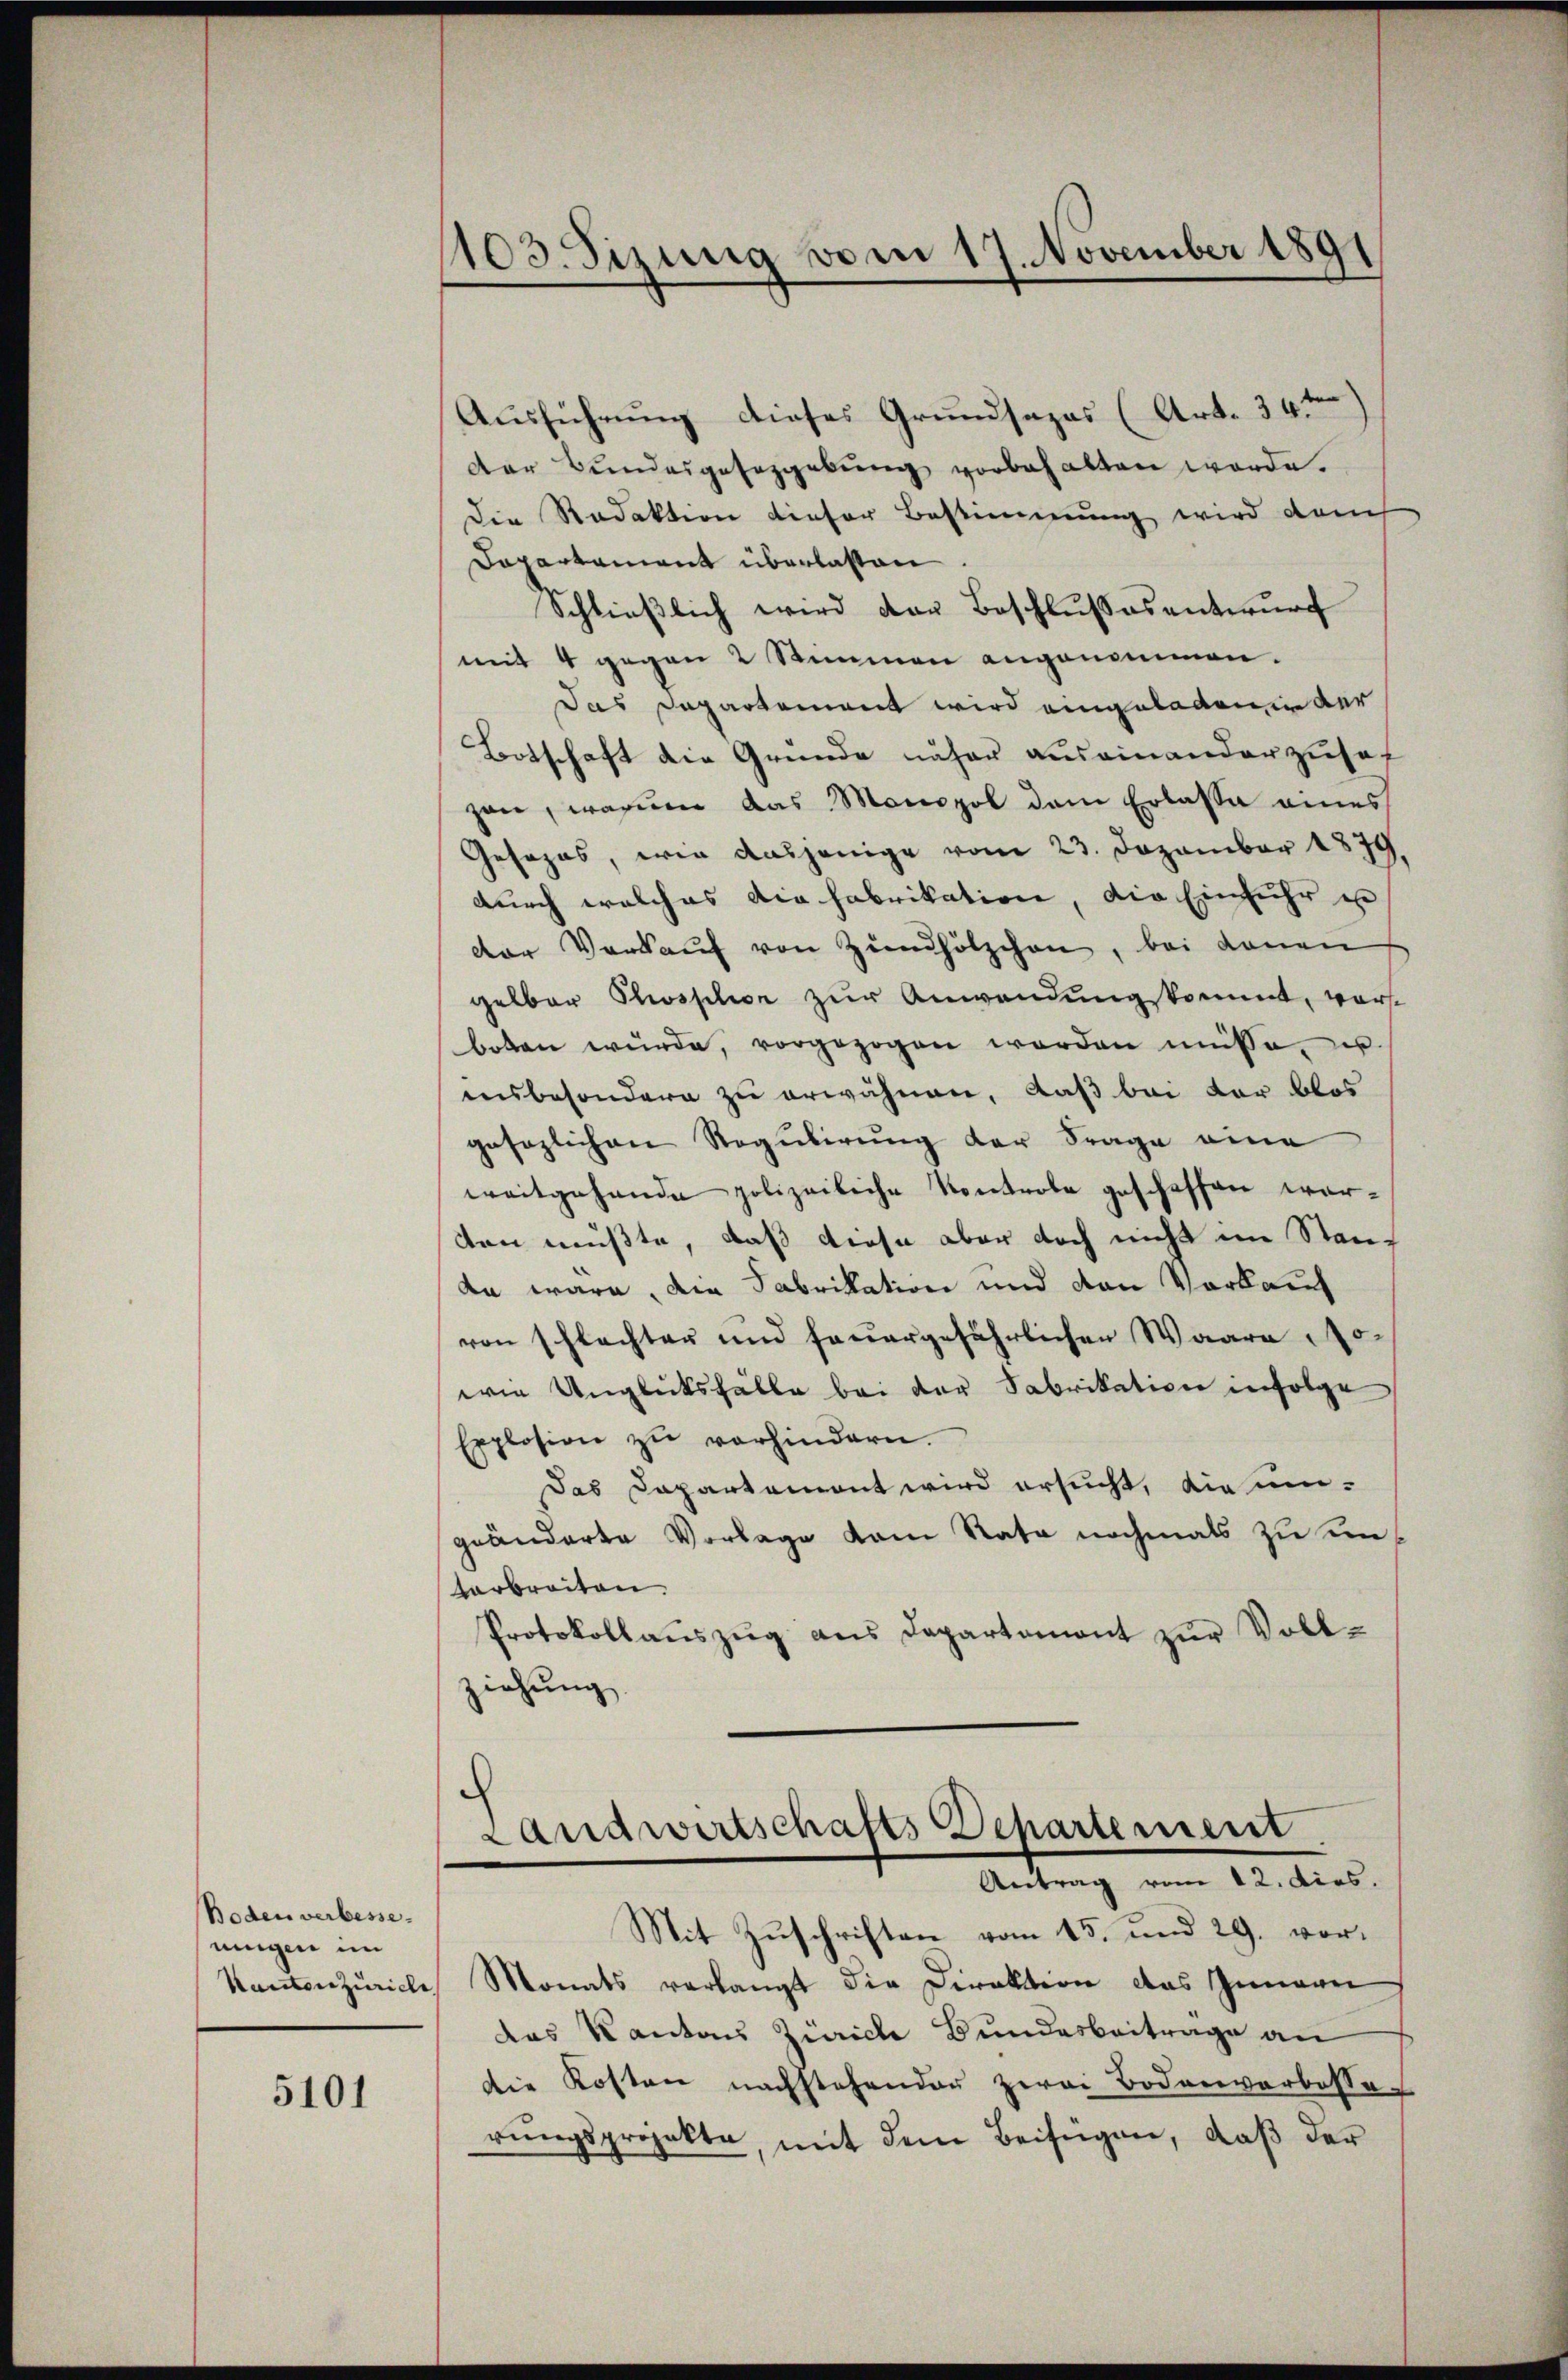
Boden verbesseningen im

5101

1103. Sizung vom 17. November 1891

Ausführung dieses Grundsazas (Art. 34 ten
der Bundesgesetzgebung vorbehalten werde.
Die Redaktion dieser Bestimmung wird danch
Dapartament überlassen
Schließlich wird der Beschlussesentwurf
mit 4 gegen 2 Stimmen angenommen.
Das Dapartement wird eingeladen in der
Botschaft die Gründe näher auseinanderzuset
gan, warum das Monopol dem Erlasse eines
Gesezes, wie dasjenige vom 23. Dezember 1879
durch welches die Fabrikation, die Einfuhr zu
der Verkaŭf von Zündhölzchen, bei denen
gelbar Phosphor zur Anwendung kommt, vorboten würde, vorgezogen worden müsse, u.
insbesondern zu erwähnen, daß bei der blos
gesezlichen Regulirung der Frage eine
weitgehande polizeiliche Kontrole gescheffen werden müßte, daß diese aber doch nicht im Standa wäre, die Fabrikation und von Vorkauf
von schlechter und feuergefährlichen Waare Nowie Unglücksfälle bei der Fabrikation infolge
Explosion zŭ verhindern.
Das Dapartemont wird ersucht, die umgeänderte Vorlage vom Rata nochmals zu ein
tarbreiten.
Protokollaŭszŭg ans Departement zŭr Voll-
ziehung

Landwirtschafts Departement
Antrag vom 12. dies.
Mit Zuschriften vom 15. und 29. vor¬

Kantenzuriche Monats verlangt die Direktion das Inneren
das Kantaus Zürich Bundesbeitrage an
die Kosten nachstehender zwei Bodenverbesse
rŭngsprojekte, mit dem Beifügen, daß der